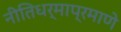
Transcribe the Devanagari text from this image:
नीतिधर्माप्रमाणे